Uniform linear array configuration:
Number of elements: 16
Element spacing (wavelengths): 1
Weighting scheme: uniform
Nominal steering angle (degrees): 60
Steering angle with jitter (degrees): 60.399
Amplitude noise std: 0.05
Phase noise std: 0.05

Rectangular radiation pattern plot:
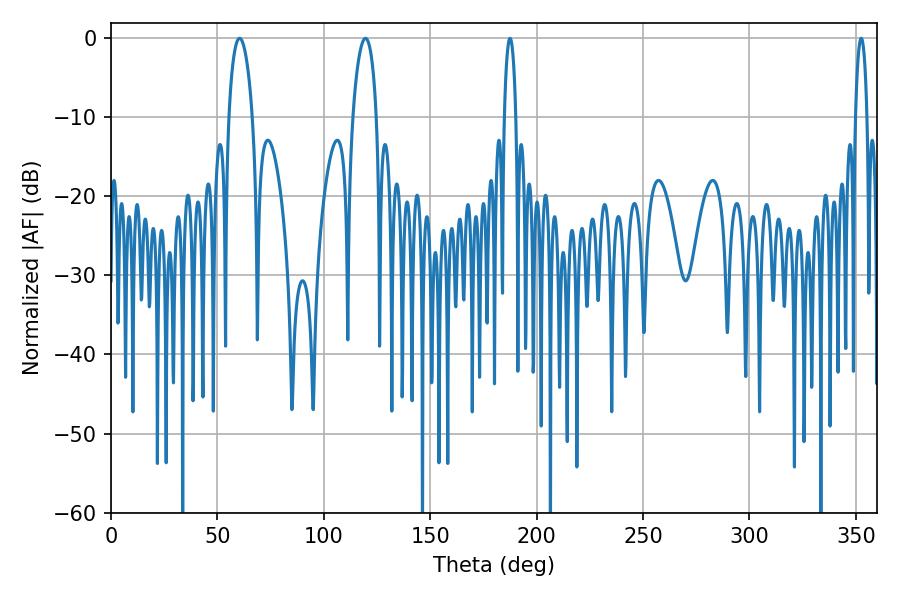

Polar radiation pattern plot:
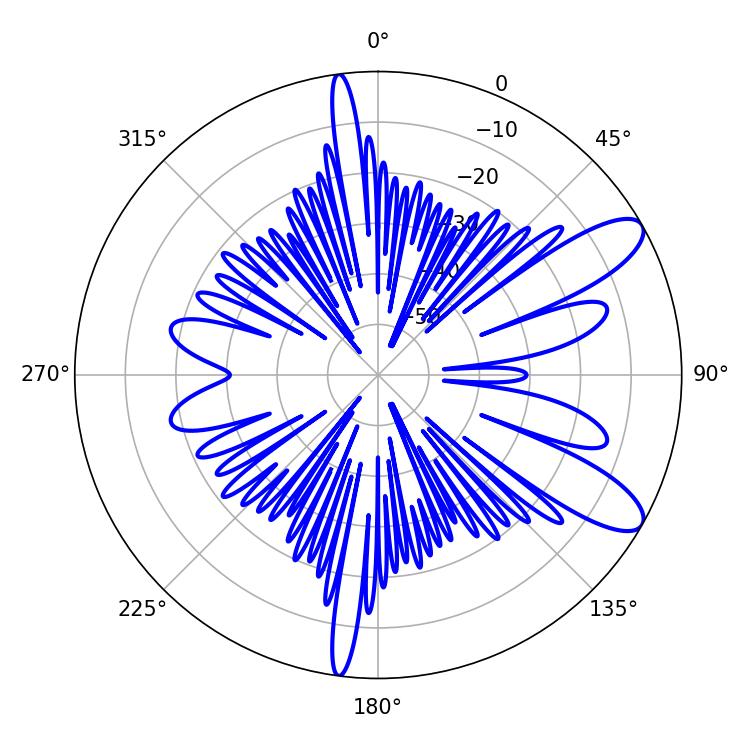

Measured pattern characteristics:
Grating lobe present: TRUE
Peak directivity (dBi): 10.092
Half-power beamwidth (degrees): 6.3
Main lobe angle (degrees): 60.48